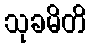
သုခမိတိ